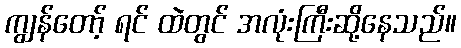
ကျွန်တော့် ရင် ထဲတွင် အလုံးကြီးဆို့နေသည်။